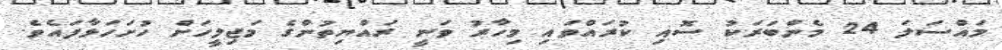
މައްސަލަ 24 މެންބަރަކު ސޮއި ކުރައްވައި މިހާރު ވަނީ ރައްޔިތުންގެ މަޖިލީހަށް ހުށަހަޅާފައެވެ.